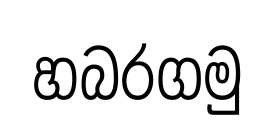
හබරගමු